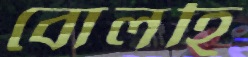
বোলহি